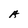
Character: A